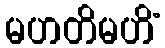
မဟတိမဟိံ